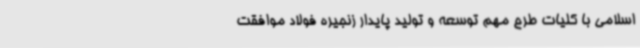
اسلامی با کلیات طرح مهم توسعه و تولید پایدار زنجیره فولاد موافقت